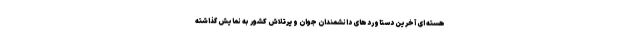
هسته ای آخرین دستاوردهای دانشمندان جوان و پرتلاش کشور به نمایش گذاشته